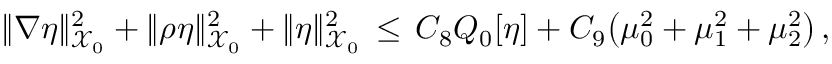
\| \nabla \eta \| _ { \mathcal { X } _ { 0 } } ^ { 2 } + \| \rho \eta \| _ { \mathcal { X } _ { 0 } } ^ { 2 } + \| \eta \| _ { \mathcal { X } _ { 0 } } ^ { 2 } \, \le \, C _ { 8 } Q _ { 0 } [ \eta ] + C _ { 9 } \bigl ( \mu _ { 0 } ^ { 2 } + \mu _ { 1 } ^ { 2 } + \mu _ { 2 } ^ { 2 } \bigr ) \, ,